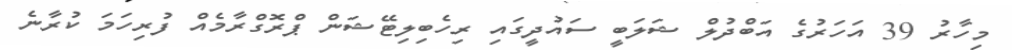
މިހާރު 39 އަހަރުގެ އަބްދުލް ޝަލަބީ ސައުދީގައި ރިހެބިލިޓޭޝަން ޕްރޮގްރާމެއް ފުރިހަމަ ކުރާނެ